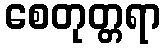
စေတုတ္တရာ